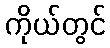
ကိုယ်တွင်